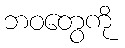
ဘဝတွေကို